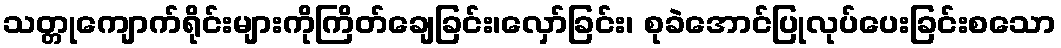
သတ္တုကျောက်ရိုင်းများကိုကြိတ်ချေခြင်း၊လှော်ခြင်း၊ စုခဲအောင်ပြုလုပ်ပေးခြင်းစသော